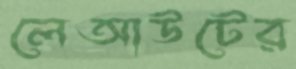
লেআউটের